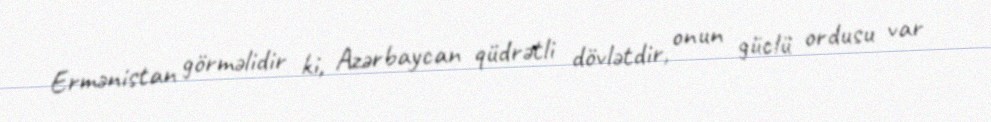
Ermənistan görməlidir ki, Azərbaycan qüdrətli dövlətdir, onun güclü ordusu var